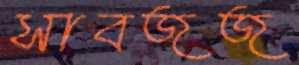
সাবজজ